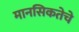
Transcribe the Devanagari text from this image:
मानसिकतेचे